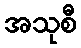
အသုစီ